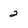
Character: 2